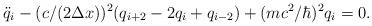
LaTeX: \begin{align*}\ddot q_i -(c/(2\Delta x))^2(q_{i + 2} - 2q_i + q_{i - 2}) +(mc^2/\hbar)^2 q_i= 0.\end{align*}